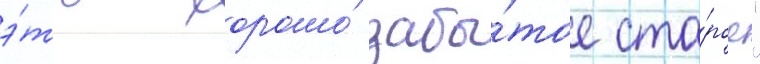
э́то хорошо́ забы́тое ста́рое"